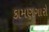
કામણગારો